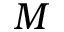
M